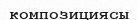
композициясы